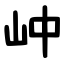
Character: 㞲